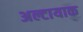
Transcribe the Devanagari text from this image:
अल्टायाक